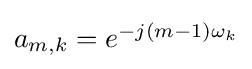
{\textstyle a_{m,k}=e^{-j(m-1)\omega _{k}}}